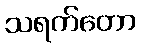
သရက်တော